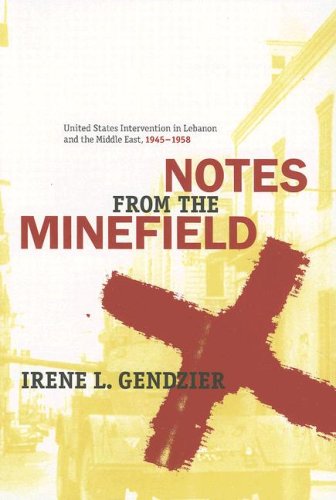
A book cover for Notes from the Minefield: United States Intervention in Lebanon, 1945-1958 (History and Society of the Modern Middle East); Irene L. Gendzier; History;